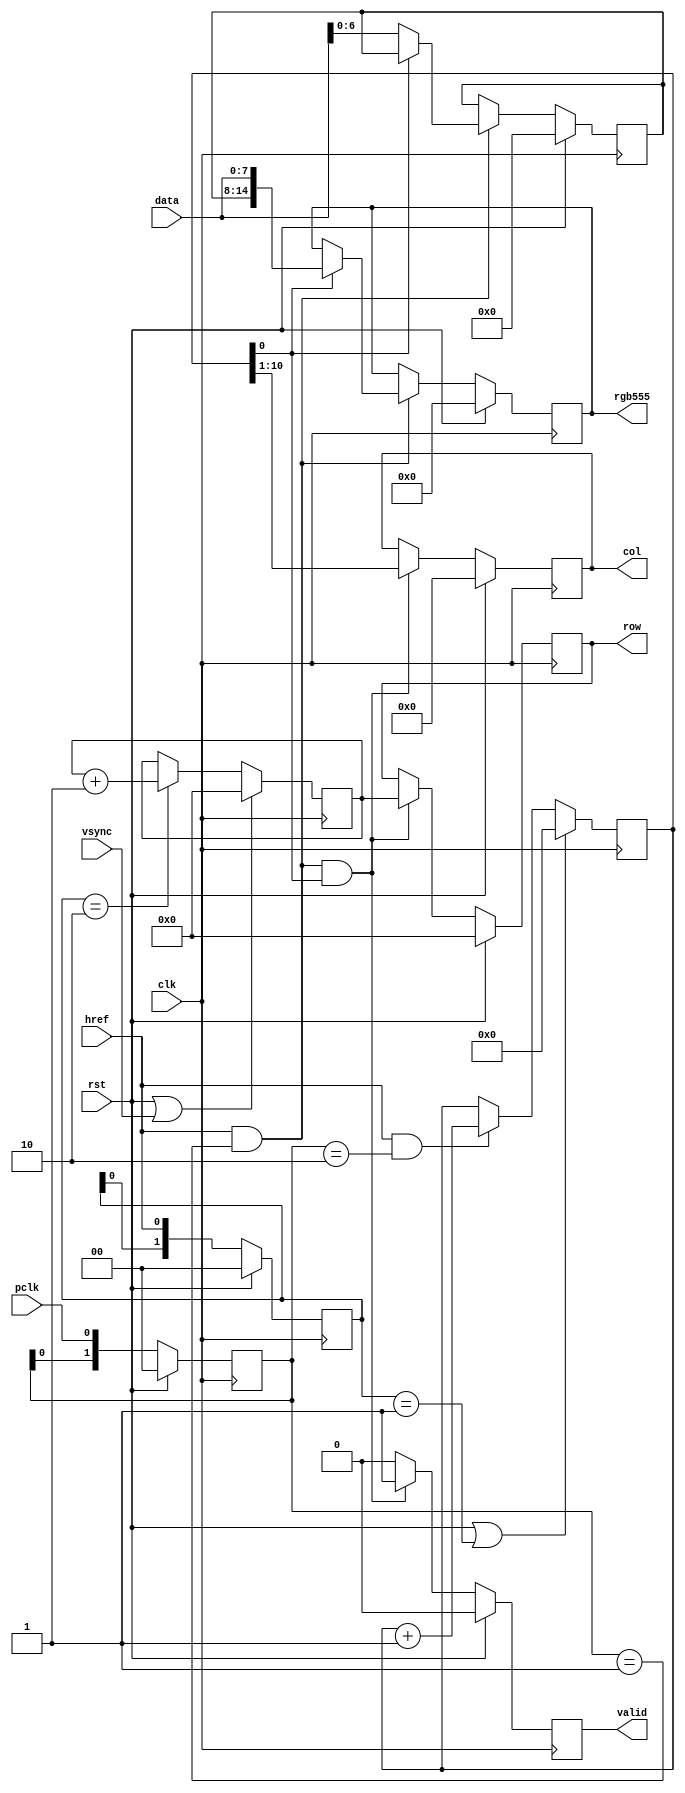
`timescale 1 ps / 1 ps

module cam_capture(
	input clk,
	input rst,
	input pclk,
	input vsync,
	input href,
	input[7:0] data,
	output reg[8:0] row,
	output reg[9:0] col,
	output reg[14:0] rgb555,
	output reg valid
);

	/* elek detektalasa */
	reg[1:0] pclk_shr;
	reg[1:0] href_shr;
	always@(posedge clk) pclk_shr<=rst?2'b00:{pclk_shr[0],pclk};
	always@(posedge clk) href_shr<=rst?2'b00:{href_shr[0],href};
	wire pclk_rise=(pclk_shr==2'b01);
	wire pclk_fall=(pclk_shr==2'b10);
	wire href_rise=(href_shr==2'b01);
	wire href_fall=(href_shr==2'b10);

	/* sorszamlalo */
	reg[8:0] row_cntr;
	always@(posedge clk)
		if(rst|vsync)
			row_cntr<=0;
		else if(href_fall)
			row_cntr<=row_cntr+1;

	/* soronkenti bajtszamlalo */
	reg[10:0] byte_cntr;
	always@(posedge clk)
		if(rst|href_rise)
			byte_cntr<=0;
		else if((href==1'b1)&pclk_fall)
			byte_cntr<=byte_cntr+1;

	/* adat latch-elese */
	reg[6:0] data_lat;
	always@(posedge clk)
		if(rst)
		begin
			data_lat<=0;
			rgb555<=0;
		end
		else if((href==1'b1)&pclk_rise)
		begin
			if(~byte_cntr[0])
				data_lat<=data[6:0];
			else
				rgb555<={data_lat,data};
		end

	/* frame buffer beiro jel es cim */
	always@(posedge clk)
		if(rst)
		begin
			valid<=0;
			row<=0;
			col<=0;
		end
		else if((href==1'b1)&pclk_rise&byte_cntr[0])
		begin
			valid<=1;
			row<=row_cntr;
			col<=byte_cntr[10:1];
		end
		else
			valid<=0;

endmodule